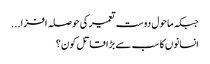
جبکہ ماحول دوست تعمیر کی حوصلہ افزا...
انسانوں کا سب سے بڑا قاتل کون؟